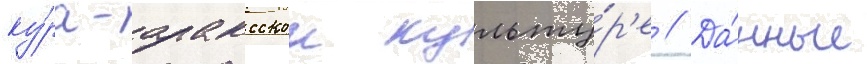
ку́ра-араксскои культу́р'е // Да́нные